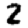
Digit: 2